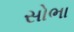
સોભા